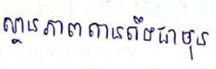
ស្ថានភាពតានតឹងជាងមុន